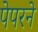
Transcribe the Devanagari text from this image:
पेपरने